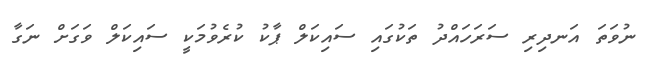
ނުވަތަ އަނދިރި ސަރަހައްދު ތަކުގައި ސައިކަލް ޕާކު ކުރެވުމަކީ ސައިކަލް ވަގަށް ނަގާ